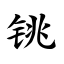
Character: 铫